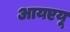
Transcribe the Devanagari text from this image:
आयएयू